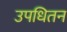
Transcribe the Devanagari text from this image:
उपधितन